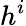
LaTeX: h^{i}